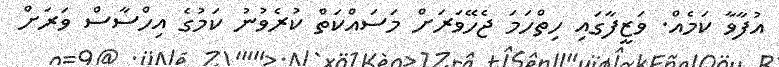
އުފާވާ ކަމެއް. ވަޒީފާގައި ހިތްހަމަ ޖެހޭވަރަށް މަސައްކަތް ކުރެވުނު ކަމުގެ އިހްސާސް ވަރަށް